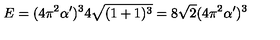
E = ( 4 \pi ^ { 2 } \alpha ^ { \prime } ) ^ { 3 } 4 \sqrt { ( 1 + 1 ) ^ { 3 } } = 8 \sqrt { 2 } ( 4 \pi ^ { 2 } \alpha ^ { \prime } ) ^ { 3 }